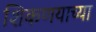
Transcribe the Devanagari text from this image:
शिकणयाच्या